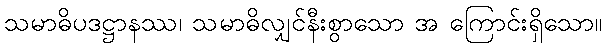
သမာဓိပဒဋ္ဌာနဿ၊ သမာဓိလျှင်နီးစွာသော အ ကြောင်းရှိသော။